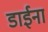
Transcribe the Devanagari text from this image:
डाईना